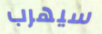
سيهرب